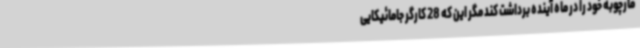
مارچوبه خود را در ماه آینده برداشت کند مگر این که 28 کارگر جامائیکایی